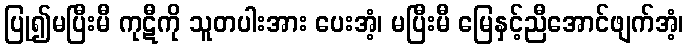
ပြု၍မပြီးမီ ကုဋီကို သူတပါးအား ပေးအံ့၊ မပြီးမီ မြေနှင့်ညီအောင်ဖျက်အံ့၊